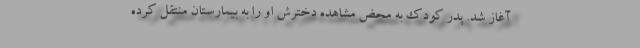
آغاز شد. پدر کودک به محض مشاهده دخترش او را به بیمارستان منتقل کرده